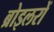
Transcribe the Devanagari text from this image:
ब्रोइलरों